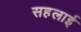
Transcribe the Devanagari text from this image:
सहलाई